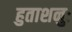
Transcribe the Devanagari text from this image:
हुताशनुः